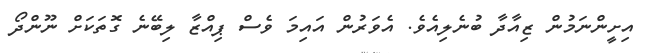
އިށީންނަމުން ޒިއާދާ ބުނެލިއެވެ. އެވަރުން އައިމަ ވެސް ޕިއްޒާ ލިބޭނެ ގޮތަކަށް ނޫންދޯ